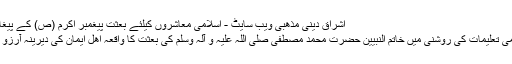
اشراق دینی مذھبی ویب سایٹ - اسلامی معاشروں کیلئے بعثت پیغمبر اکرم (ص) کے پیغامات
اسلامی تعلیمات کی روشنی میں خاتم النبیین حضرت محمد مصطفی صلی اللہ علیہ و آلہ وسلم کی بعثت کا واقعہ اھل ایمان کی دیرینہ آرزو تھی۔